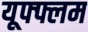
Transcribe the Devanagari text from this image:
यूफ्फ्लम